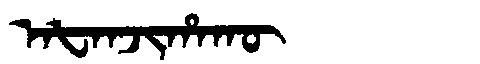
Manchu: ᠠᡶᠠᠨᠵᡳᡥᠠᡴᡡ
Romanization: AFANJIHAKŪ